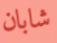
شابان